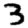
Digit: 3